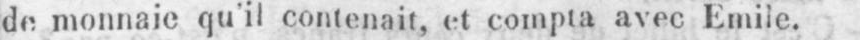
de monnaie qu’il contenait, et compta avec Emile.